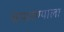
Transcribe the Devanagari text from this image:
चंपारण्याला